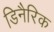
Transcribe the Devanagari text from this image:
डिनैरिक